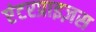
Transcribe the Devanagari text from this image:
एंटरप्राइज़स